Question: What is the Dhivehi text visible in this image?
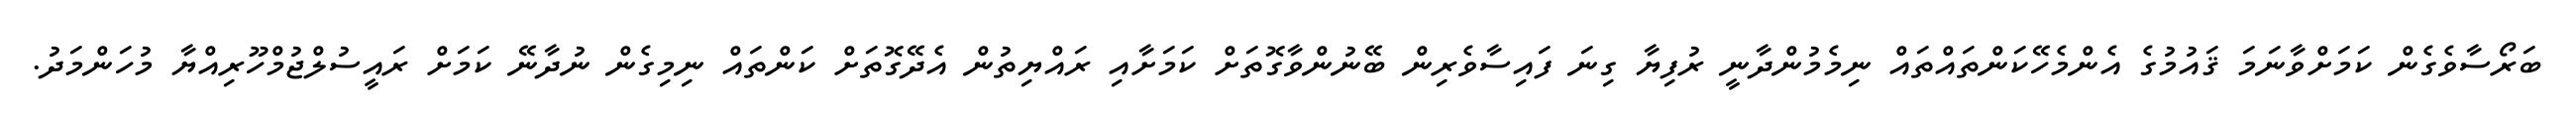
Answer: ބަރޯސާވެގެން ކަމަށްވާނަމަ ޤައުމުގެ އެންމެހޭކަންތައްތައް ނިމެމުންދާނީ ރުފިޔާ ގިނަ ފައިސާވެރިން ބޭނުންވާގޮތަށް ކަމަށާއި ރައްޔިތުން އެދޭގޮތަށް ކަންތައް ނިމިގެން ނުދާނޭ ކަމަށް ރައީސުލްޖުމްހޫރިއްޔާ މުހަންމަދު.